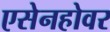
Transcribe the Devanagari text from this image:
एसेनहोवर